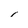
Character: i